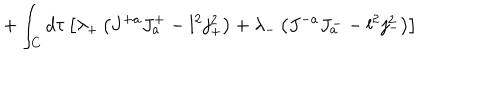
+ \int _ { C } d \tau \left[ \lambda _ { + } \left( J ^ { + a } J _ { a } ^ { + } - l ^ { 2 } j _ { + } ^ { 2 } \right) + \lambda _ { - } \left( J ^ { - a } J _ { a } ^ { - } - l ^ { 2 } j _ { - } ^ { 2 } \right) \right]